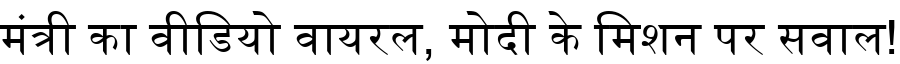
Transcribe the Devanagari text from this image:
मंत्री का वीडियो वायरल, मोदी के मिशन पर सवाल!